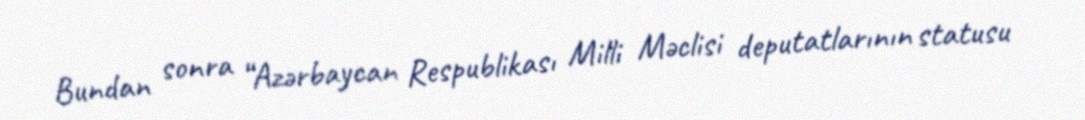
Bundan sonra “Azərbaycan Respublikası Milli Məclisi deputatlarının statusu